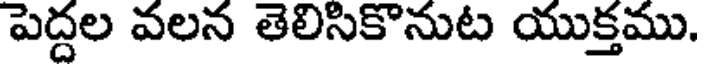
పెద్దల వలన తెలిసికొనుట యుక్తము.